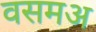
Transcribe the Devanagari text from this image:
वसमअ